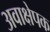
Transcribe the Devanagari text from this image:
अवाक्षेपक